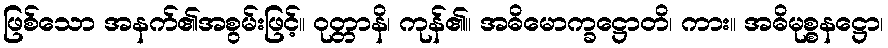
ဖြစ်သော အနက်၏အစွမ်းဖြင့်။ ဝုတ္တာနိ၊ ကုန်၏။ အဓိမောက္ခဋ္ဌောတိ၊ ကား။ အဓိမုစ္စနဋ္ဌော၊